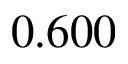
0 . 6 0 0